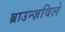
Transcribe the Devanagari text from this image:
ब्राउन्ज़विले